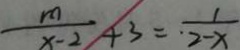
\frac { m } { x - 2 } + 3 = \frac { 1 } { 2 - x }